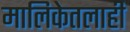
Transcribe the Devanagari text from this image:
मालिकेतलाही